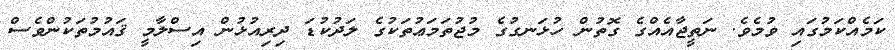
ކަމެއްކަމުގައި ވުމެވެ. ނަތީޖާއެއްގެ ގޮތުން ހުޅަނގުގެ މުޖުތަމަޢުތަކުގެ ލަދުކުޑަ ދިރިއުޅުން އިސްލާމީ ޤައުމުތަކުންވެސް